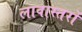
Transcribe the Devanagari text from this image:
लावास्तरों